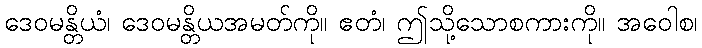
ဒေဝမန္တိယံ၊ ဒေဝမန္တိယအမတ်ကို။ ဧတံ၊ ဤသို့သောစကားကို။ အဝေါစ၊